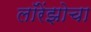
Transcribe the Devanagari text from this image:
लॉरेंझोचा